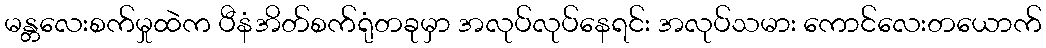
မန္တလေးစက်မှုထဲက ပီနံအိတ်စက်ရုံတခုမှာ အလုပ်လုပ်နေရင်း အလုပ်သမား ကောင်လေးတယောက်